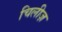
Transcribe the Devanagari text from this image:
चिलीज़